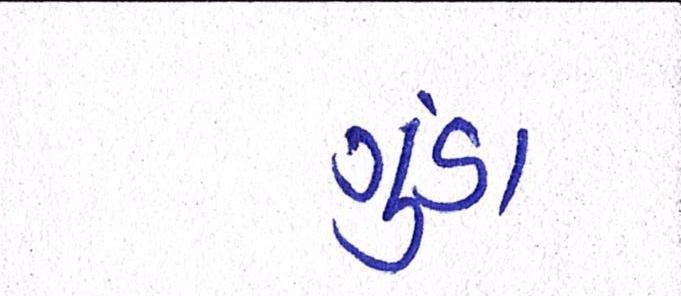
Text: ગુંડા